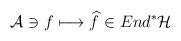
LaTeX: \begin{align*}{\cal A}\ni f\longmapsto \widehat{f}\in End^{*}{\cal H}\end{align*}